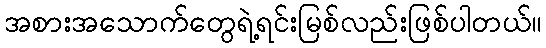
အစားအသောက်တွေရဲ့ရင်းမြစ်လည်းဖြစ်ပါတယ်။